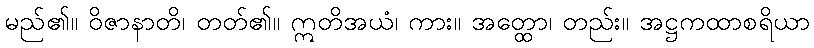
မည်၏။ ဝိဇာနာတိ၊ တတ်၏။ ဣတိအယံ၊ ကား။ အတ္ထော၊ တည်း။ အဋ္ဌကထာစရိယာ